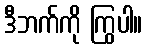
ဒီဘက်ကို ကြွပါ။